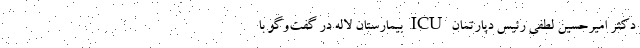
دکتر امیرحسین لطفی رئیس دپارتمان ICU بیمارستان لاله در گفت‌وگو با